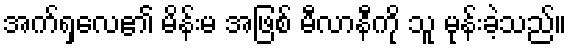
အက်ရှလေ၏ မိန်းမ အဖြစ် မီလာနီကို သူ မုန်းခဲ့သည်။